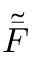
\tilde { \bar { F } }